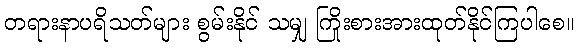
တရားနာပရိသတ်များ စွမ်းနိုင် သမျှ ကြိုးစားအားထုတ်နိုင်ကြပါစေ။